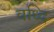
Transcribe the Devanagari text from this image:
वध्दि